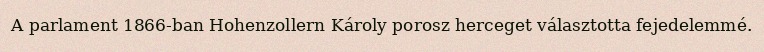
A parlament 1866-ban Hohenzollern Károly porosz herceget választotta fejedelemmé.